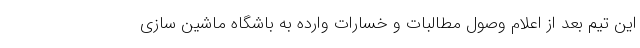
این تیم بعد از اعلام وصول مطالبات و خسارات وارده به باشگاه ماشین سازی